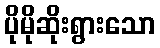
ပိုမိုဆိုးရွားသော